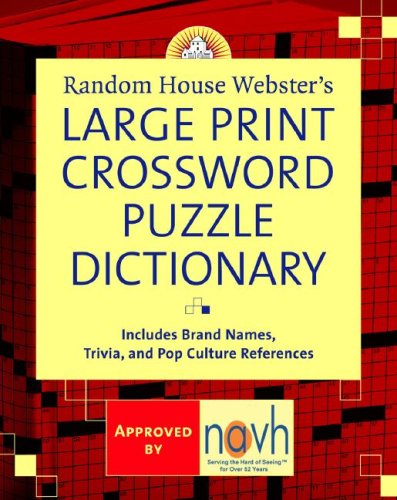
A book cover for Random House Webster's Large Print Crossword Puzzle Dictionary; Stephen Elliott; Reference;